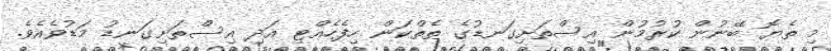
މި ތެޔޮ ބޭނުން ކުރުމުން އިސްތަށިގަނޑުގެ ތެތްކަން ހިފެހެއްޓި އަދި އިސްތަށިގަނޑު މަޑުވެއެވެ.